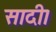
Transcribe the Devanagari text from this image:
सादी।